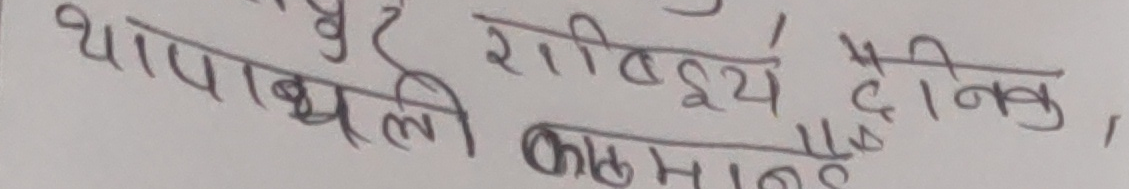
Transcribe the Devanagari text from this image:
भर राष्ट्रिय, दैनिक थापाथली काठमाडौँ